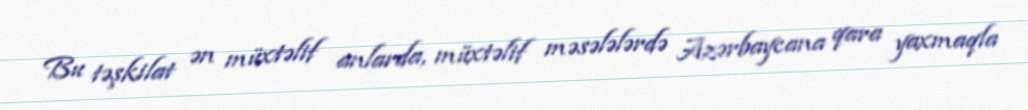
Bu təşkilat ən müxtəlif anlarda, müxtəlif məsələlərdə Azərbaycana qara yaxmaqla